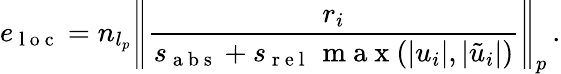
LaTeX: e_{\mathrm{~l~o~c~}}=n_{l_{p}}\left\lVert\frac{r_{i}}{s_{\mathrm{~a~b~s~}}+s_{\mathrm{~r~e~l~}}\, \mathrm{~m~a~x~}(|u_{i}|,|\tilde{u}_{i}|)}\right\rVert_{p}\, .